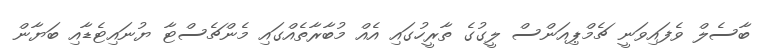
ބާސެލް ވެފައިވަނީ ޗެމްޕިއަންސް ލީގުގެ ތާރީހުގައި އެއް މުބާރާތެއްގައި މެންޗެސްޓާ ޔުނައިޓެޑާއި ބަޔާން